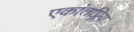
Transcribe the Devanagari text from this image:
एकांतप्र्रिय